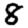
Digit: 8